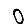
Digit: 0